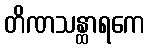
တိဏသန္ထာရကေ